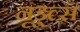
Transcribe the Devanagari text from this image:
नूड्ल्स